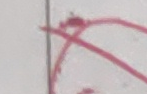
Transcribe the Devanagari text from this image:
क